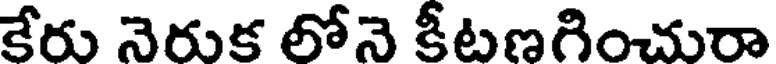
కేరు నెరుక లోనె కీటణగించురా